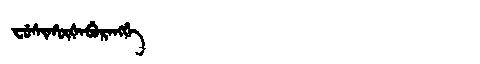
Manchu: ᠸᡠᠰᡳᡥᡡᡧᠠᠪᡠᡵᠠᠩᡤᡝ
Romanization: FUSIHŪŠABURANGGE